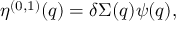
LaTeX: \eta ^ { ( 0 , 1 ) } ( q ) = \delta \Sigma ( q ) \psi ( q ) ,